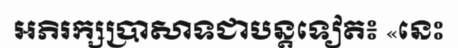
អភិរក្សប្រាសាទជាបន្តទៀត៖ «នេះ